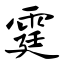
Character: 霆